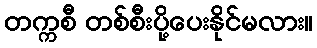
တက္ကစီ တစ်စီးပို့ပေးနိုင်မလား။